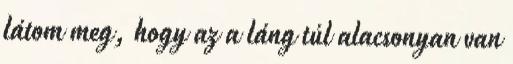
látom meg, hogy az a láng túl alacsonyan van